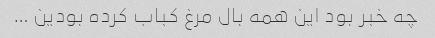
چه خبر بود این همه بال مرغ کباب کرده بودین …